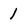
Character: 1